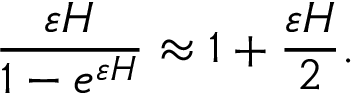
\frac { \varepsilon H } { 1 - e ^ { \varepsilon H } } \approx 1 + \frac { \varepsilon H } { 2 } .